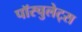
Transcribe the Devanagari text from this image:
पॉस्चुलेट्स